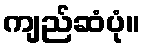
ကျည်ဆံပုံ။